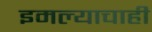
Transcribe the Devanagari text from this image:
इमल्याचाही